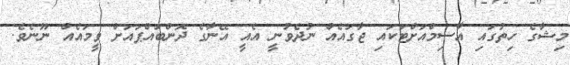
މިޝާގެ ހިތުގައި އާސިމްއަށްޓަކައި ޖާގައެއް ނުދެވުނީ އެއީ އޭނާގެ ދޮންބައްޕައަށް ވީމައެއް ނޫނެވެ.